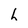
Character: h